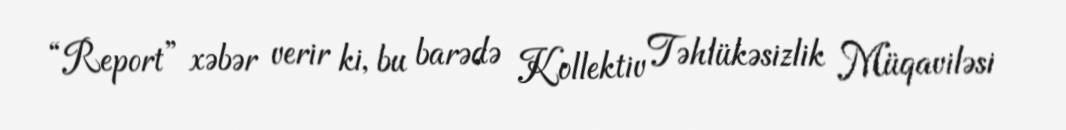
“Report” xəbər verir ki, bu barədə Kollektiv Təhlükəsizlik Müqaviləsi